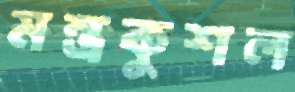
মন্ত্রকুশল